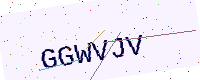
Text: GGWVJV